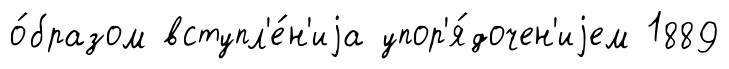
о́бразом вступл'е́н'иjа упор'я́дочен'иjем 1889